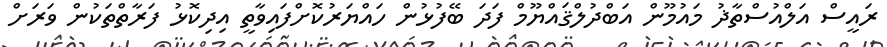
ރައީސް އަލްއުސްތާޛު މައުމޫން އަބްދުލްޤައްޔޫމް ފަދަ ބޭފުޅުން ހައްޔަރުކޮށްފައިވާތީ އިދިކޮޅު ފަރާތްތަކުން ވަރަށް